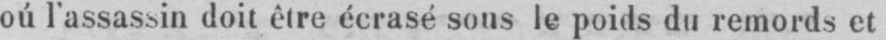
oú l’assassin doit être écrasé sous le poids du remords et